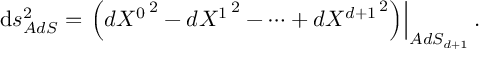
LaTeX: { \mathrm d } s _ { A d S } ^ { 2 } = \left. \left( d { { X } ^ { 0 } } ^ { \, 2 } - d { { X } ^ { 1 } } ^ { \, 2 } - \cdots + d { { X } ^ { d + 1 } } ^ { \, 2 } \right) \right| _ { A d S _ { d + 1 } } .